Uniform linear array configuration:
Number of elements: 24
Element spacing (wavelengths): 0.25
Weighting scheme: kaiser
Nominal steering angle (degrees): -30
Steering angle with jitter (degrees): -31.213
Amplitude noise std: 0.05
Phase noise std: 0.05

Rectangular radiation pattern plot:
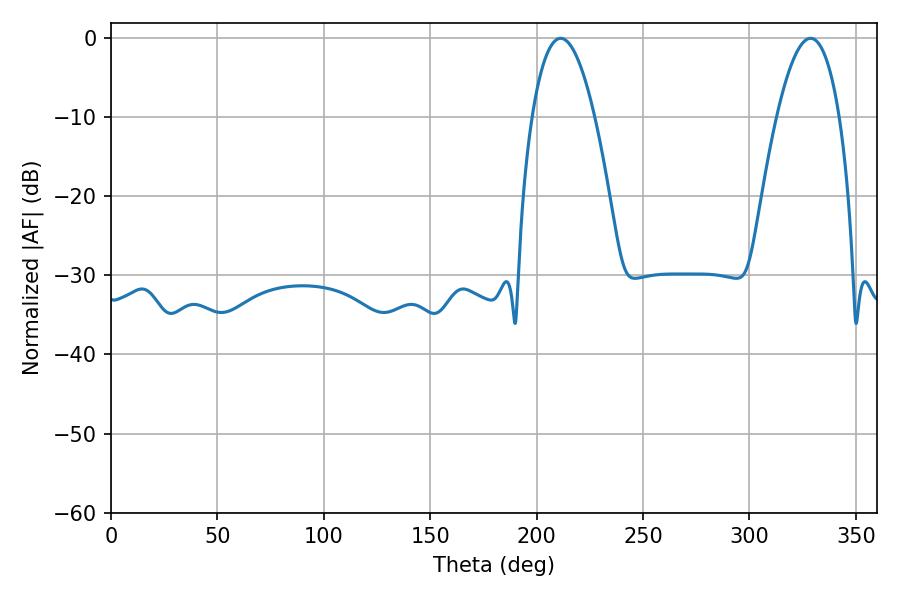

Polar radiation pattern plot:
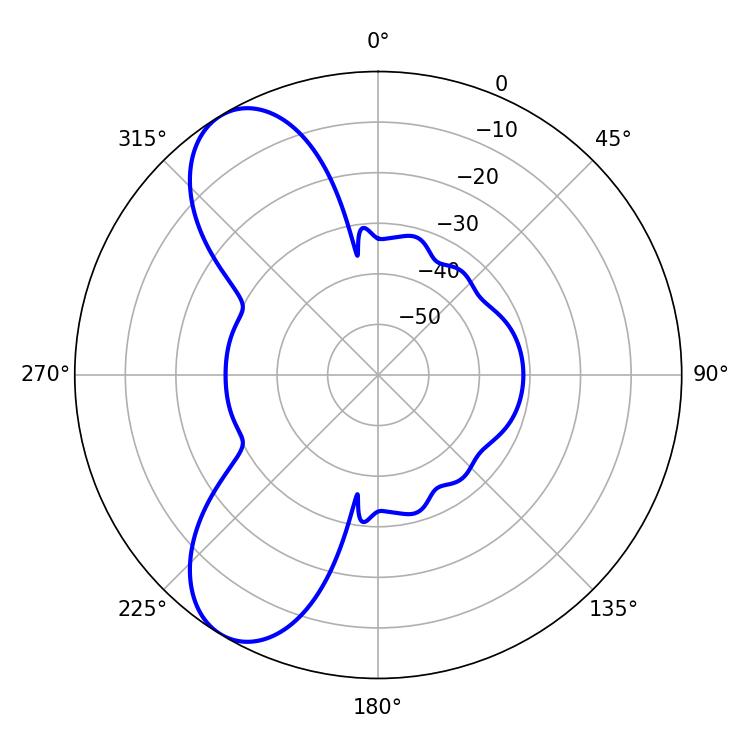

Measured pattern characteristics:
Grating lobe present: FALSE
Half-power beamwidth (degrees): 16.2
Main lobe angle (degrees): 211.32